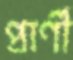
প্রার্ণী